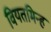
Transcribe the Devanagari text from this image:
वियतमिन्ह